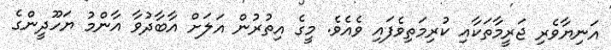
އަނިޔާވެރި ޖަރީމާތަކާއި ކުރިމަތިވެފައި ވެއެވެ. މީގެ އިތުރުން އަލަށް އާބާދުވާ އާންމު ޔަހޫދީންގެ